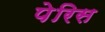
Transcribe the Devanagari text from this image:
पेरिस